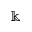
\Bbbk